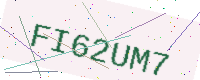
Text: FI62UM7